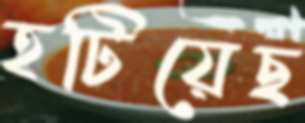
হটিয়েছ